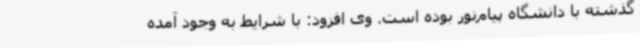
گذشته با دانشگاه پیام‌نور بوده است. وی افزود: با شرایط به وجود آمده